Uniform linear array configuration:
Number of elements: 4
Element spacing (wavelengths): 1
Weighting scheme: hamming
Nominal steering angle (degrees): -15
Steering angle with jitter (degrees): -14.346
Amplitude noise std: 0.05
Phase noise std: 0.05

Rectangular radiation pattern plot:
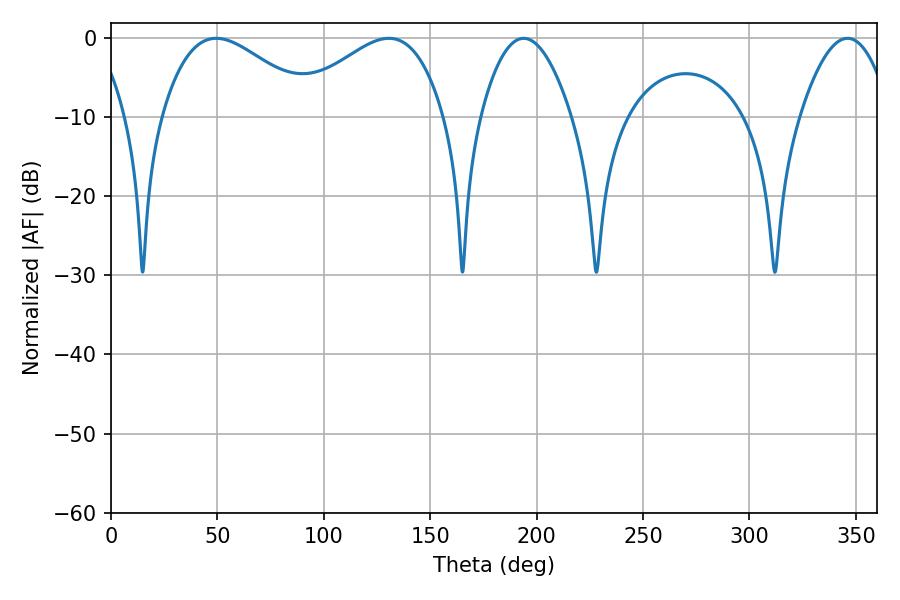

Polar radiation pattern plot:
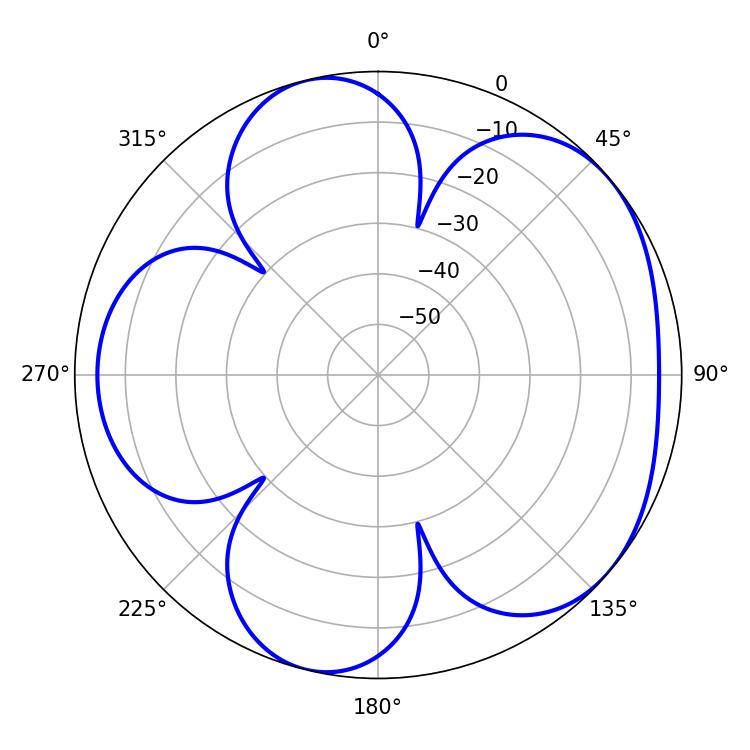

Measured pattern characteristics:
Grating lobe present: TRUE
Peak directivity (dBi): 4.769
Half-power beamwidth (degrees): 39.06
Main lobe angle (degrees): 49.5